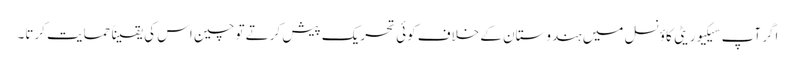
اگر آپ سیکیوریٹی کاؤنسل میں ہندوستان کے خلاف کوئی تحریک پیش کرتے تو چین اس کی یقیناً حمایت کرتا۔